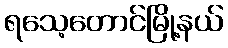
ရသေ့တောင်မြို့နယ်